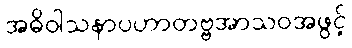
အဓိဝါသနာပဟာတဗ္ဗအာသဝအဖွင့်